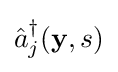
{\hat {a}}_{j}^{\dagger }({\bf {y}},s)